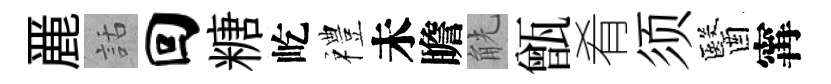
䴡話回糖屹禮未瞻觥甑肴须醫𡩋